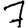
Digit: 7